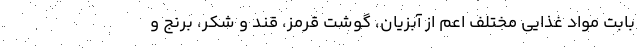
بابت مواد غذایی مختلف اعم از آبزیان، گوشت قرمز، قند و شکر، برنج و